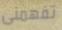
تفهمنى